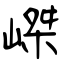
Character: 嵥